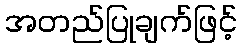
အတည်ပြုချက်ဖြင့်